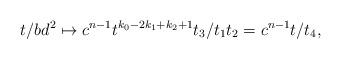
LaTeX: \begin{align*}t/bd^2\mapsto c^{n-1}t^{k_0-2k_1+k_2+1}t_3/t_1t_2=c^{n-1}t/t_4,\end{align*}